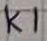
Text: K1